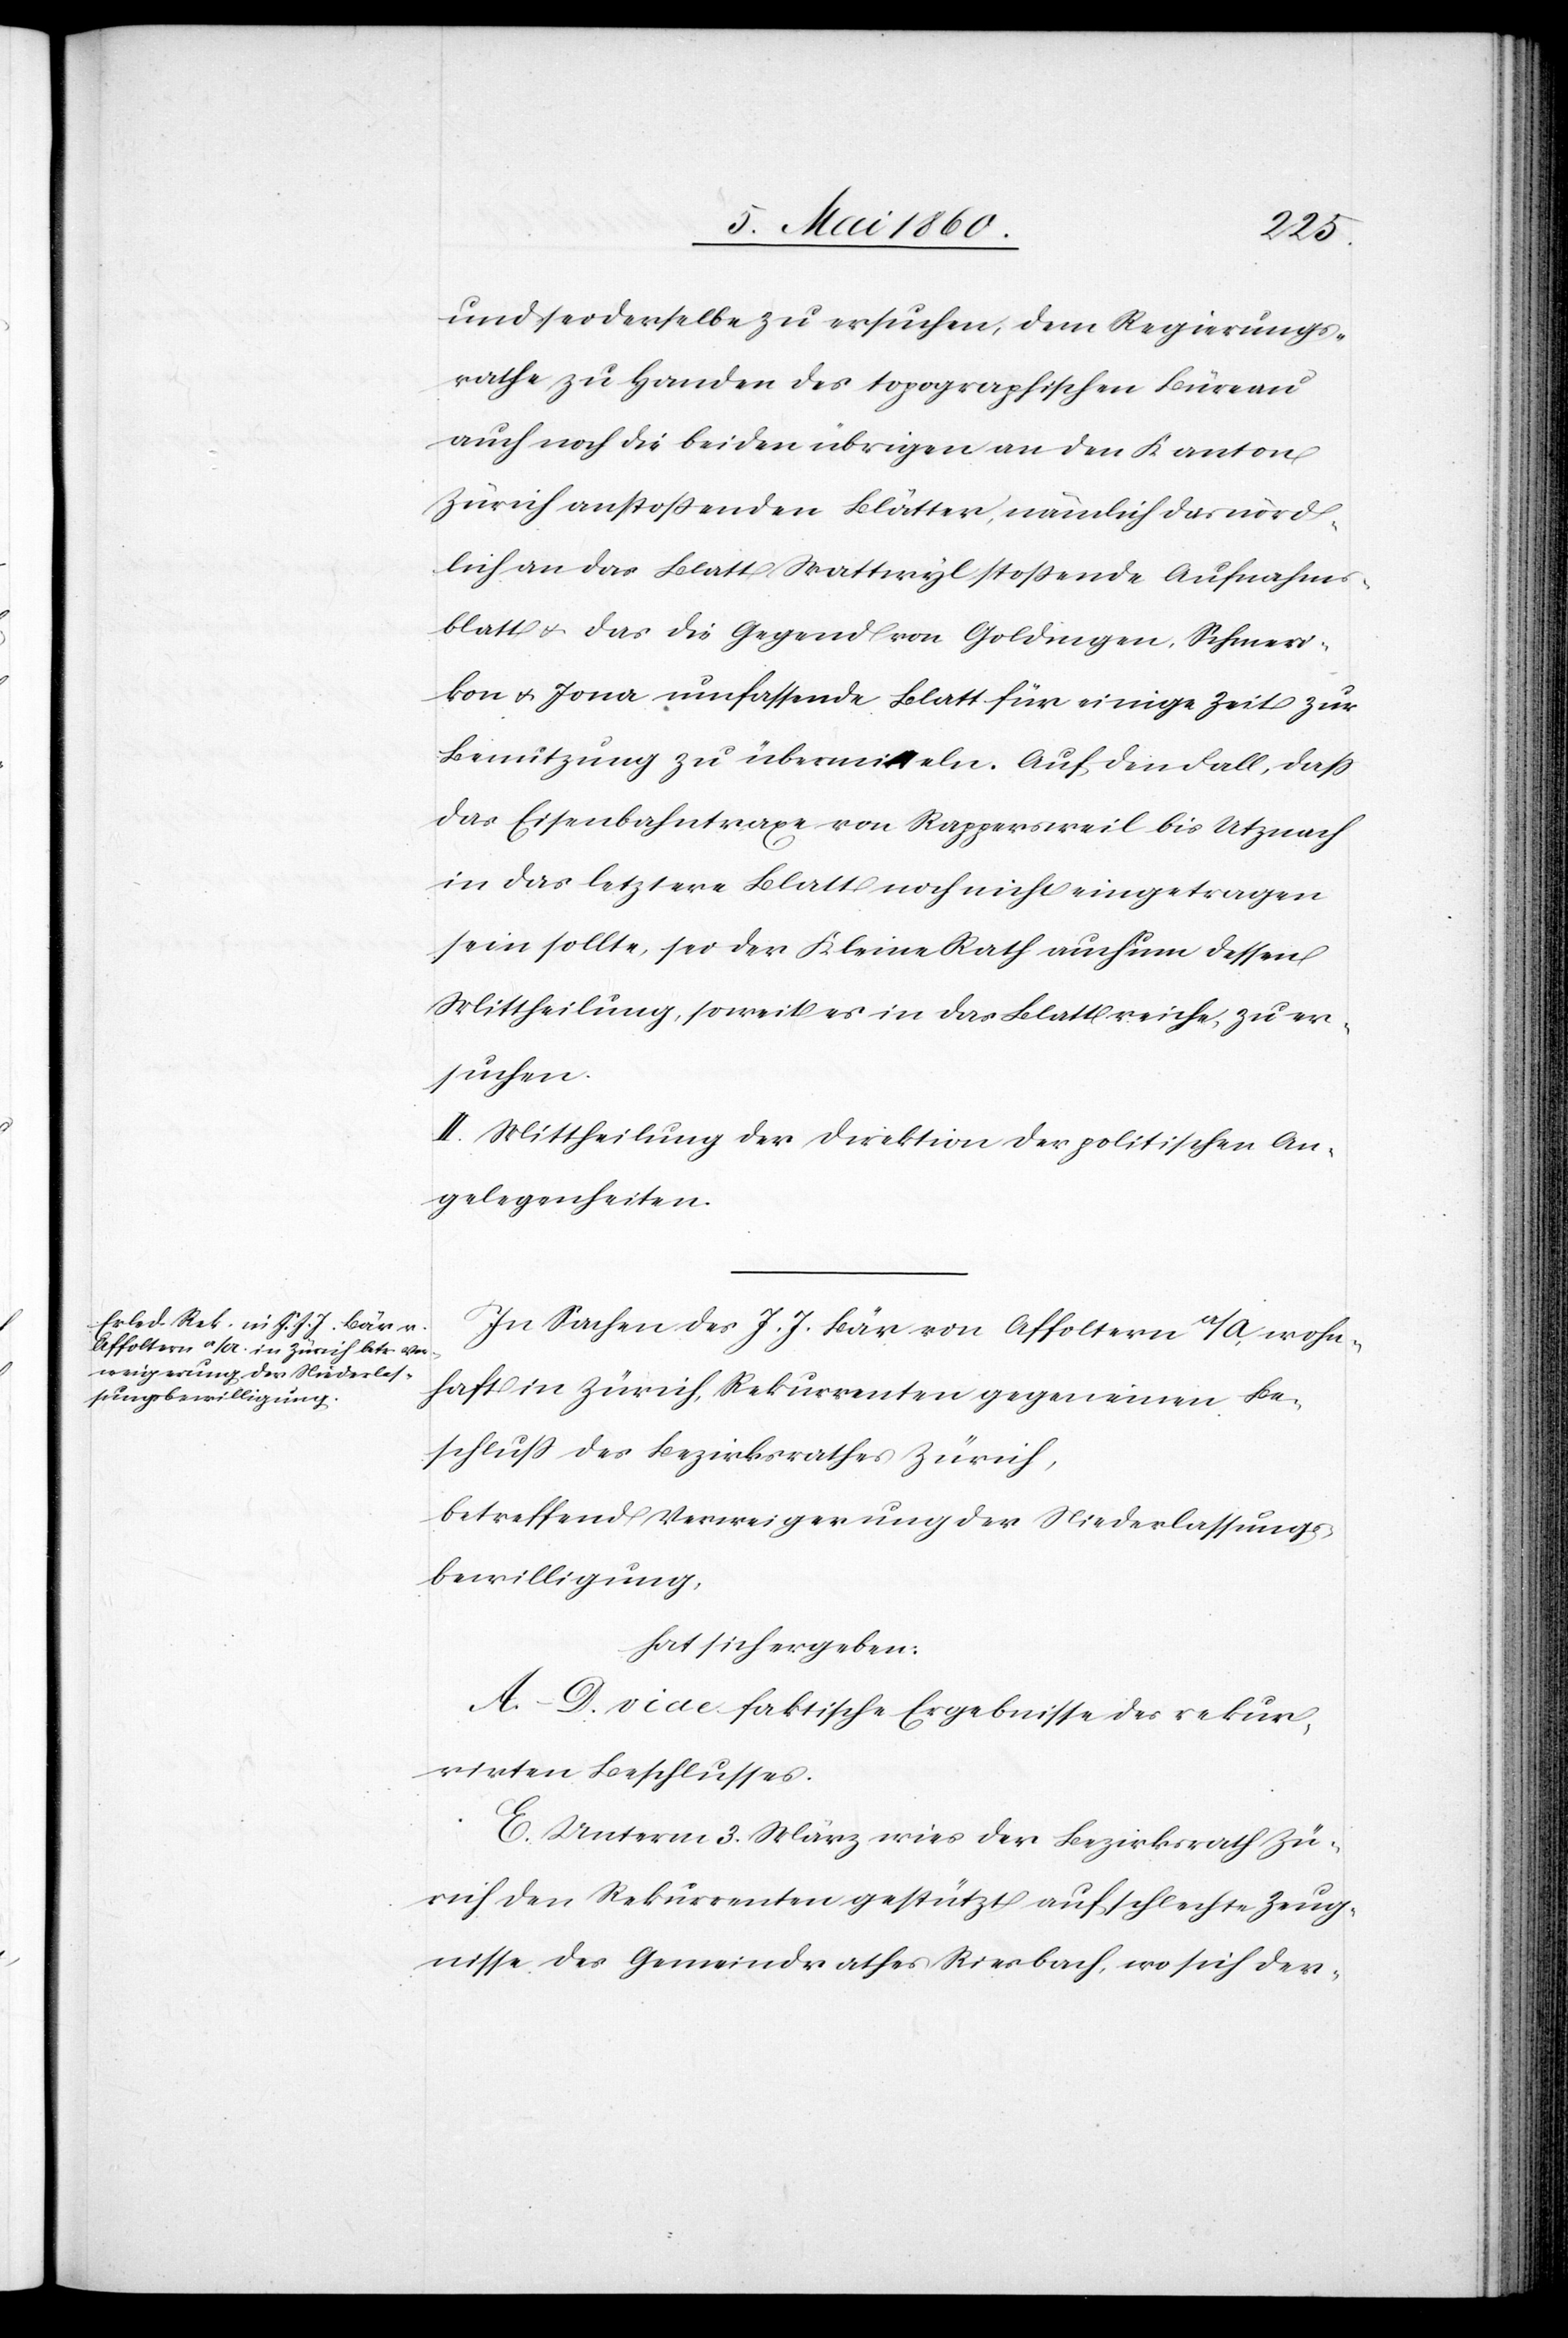
und sei derselbe zu ersuchen, dem Regierungs¬
rathe zu Handen des topographischen Büreau
auch noch die beiden übrigen an den Kanton
Zürich anstoßenden Blätter, nämlich das nörd¬
lich an das Blatt Wattwyl stoßende Aufnahms¬
blatt u. das die Gegend von Goldingen, Schmeri¬
kon u. Jona umfassende Blatt für einige Zeit zur
Benutzung zu übermitteln. Auf den Fall, dass
das Eisenbahntraçe von Rappersweil bis Utznach
in das letztere Blatt noch nicht eingetragen
sein sollte, sei der Kleine Rath auch um dessen
Mittheilung, soweit es in das Blatt reiche, zu er¬
suchen.
II. Mittheilung der Direktion der politischen An¬
gelegenheiten.
In Sachen des J. J. Bär von Affoltern a/A wohn¬
haft in Zürich, Rekurrenten gegen einen Be¬
schluss des Bezirksrathes Zürich,
betreffend Verweigerung der Niederlassungs¬
bewilligung,
hat sich ergeben:
A–D. vide faktische Ergebnisse des rekur¬
rirten Beschlusses.
E. Unterm 3. März wies der Bezirksrath Zü¬
rich den Rekurrenten gestützt auf schlechte Zeug¬
nisse des Gemeindrathes Riesbach, wo sich der-